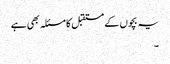
یہ بچوں کے مستقبل کا مسئلہ بھی ہے
۔